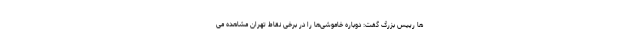
‌ها رییس بزرگ گفت: دوباره خاموشی‌ها را در برخی نقاط تهران مشاهده می